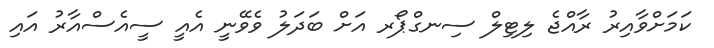
ކަމަށްވާއިރު ރާއްޖެ ލިޓިލް ސިނގްޕޯރ އަށް ބަދަލު ވެވޭނީ އެއީ ސީއެސްއާރު އައި